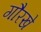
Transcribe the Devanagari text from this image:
गौरखे